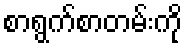
စာရွက်စာတမ်းကို